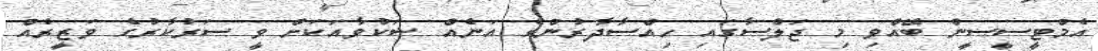
އެމްޓީސީސީން ބޭއްވި މި ޖަލްސާގައި ހިއްސާދާރުންގެ އަނެއް ޝަކުވާއަކަށް ވީ ސަރުކާރުގެ ވަޒީރެއް